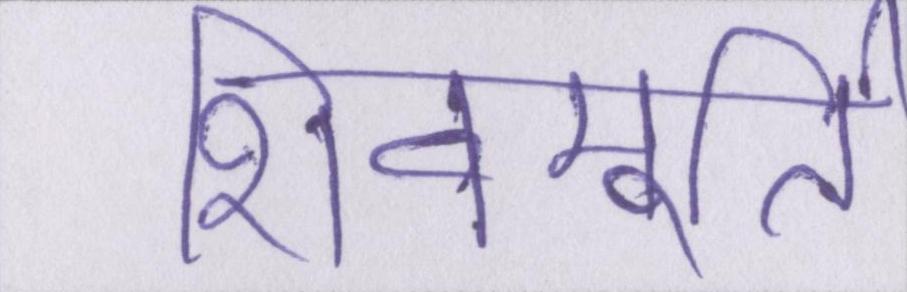
शिवमूर्ति